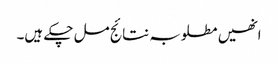
انھیں مطلوبہ نتائج مل چکے ہیں۔